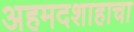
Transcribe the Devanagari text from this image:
अहमदशाहाचा